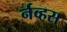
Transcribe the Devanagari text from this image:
र्नव्हस